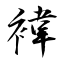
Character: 褘